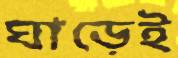
ঘাড়েই